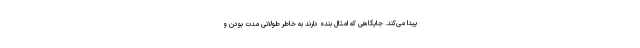
پیدا می‌کند. جایگاهی که امثال بنده دارند به خاطر طولانی مدت بودن و